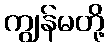
ကျွန်မတို့